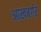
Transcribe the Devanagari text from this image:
आखबर्गर